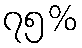
၇၅%